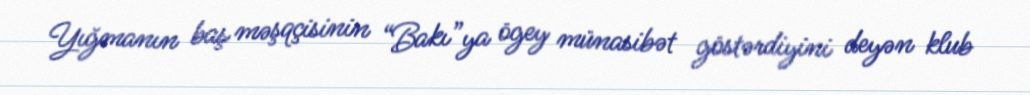
Yığmanın baş məşqçisinin “Bakı”ya ögey münasibət göstərdiyini deyən klub